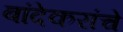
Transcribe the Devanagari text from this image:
बांदेकरांचे